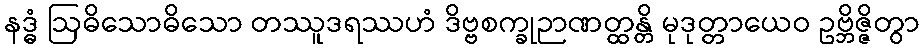
နဒ္ဓံ ဩဓိသောဓိသော တဿူဒရဿဟံ ဒိဗ္ဗစက္ခုဉာဏတ္ထန္တိ မုဒုတ္တာယေဝ ဥဗ္ဘိဇ္ဇိတွာ